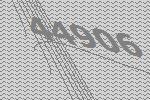
44906